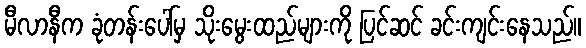
မီလာနီက ခုံတန်းပေါ်မှ သိုးမွေးထည်များကို ပြင်ဆင် ခင်းကျင်းနေသည်။